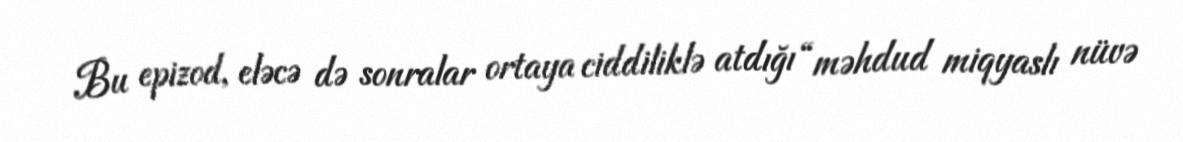
Bu epizod, eləcə də sonralar ortaya ciddiliklə atdığı “məhdud miqyaslı nüvə